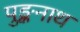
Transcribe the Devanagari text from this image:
पुङ्कनाथ